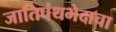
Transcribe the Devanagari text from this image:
जातिपंथभेदाचा